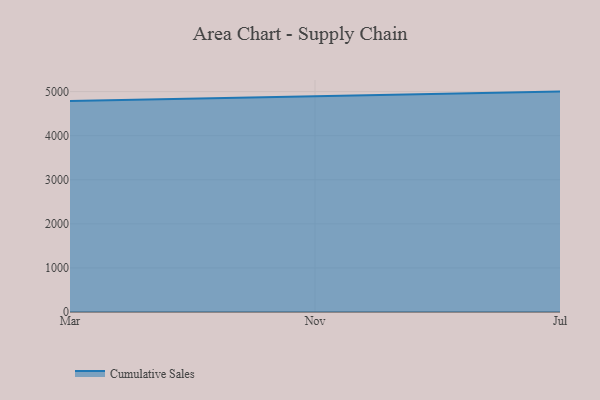
{"axis": {"x": "Month", "y": "Market Share (%)"}, "legend": ["Cumulative Sales"], "data": [{"x": "Mar", "y": 4786.0, "type": "Cumulative Sales"}, {"x": "Nov", "y": 4900.6, "type": "Cumulative Sales"}, {"x": "Jul", "y": 5000, "type": "Cumulative Sales"}]}